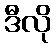
ဒီလို